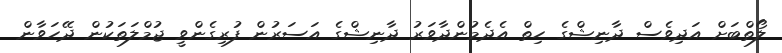
ލޯތްބަށް އަދިވެސް ދާނިޝްގެ ހިތް އެދެމުންދާވަރު ދާނިޝްގެ އަސަރުން ފުރިގެންވީ ޖުމްލަތަކުން ދޭހަވާން